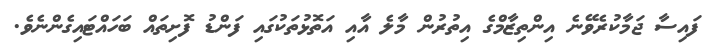
ފައިސާ ޖަމާކުރެވޭނެ އިންތިޒާމްގެ އިތުރުން މާލެ އާއި އަތޮޅުތަކުގައި ފަންޑު ފޮށިތައް ބަހައްޓައިގެންނެވެ.